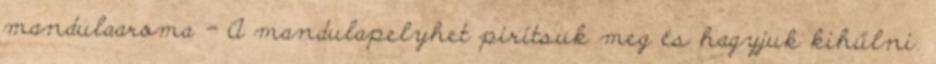
mandulaaroma - A mandulapelyhet pirítsuk meg és hagyjuk kihűlni.